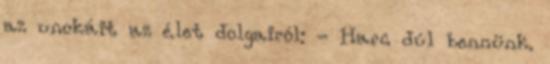
az unokáit az élet dolgairól: - Harc dúl bennünk.